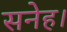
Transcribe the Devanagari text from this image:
सनेह।